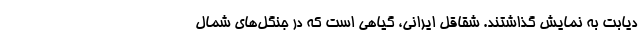
دیابت به نمایش گذاشتند. شقاقل ایرانی، گیاهی است که در جنگل‌های شمال